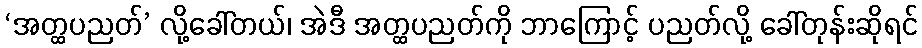
‘အတ္ထပညတ်’ လို့ခေါ်တယ်၊ အဲဒီ အတ္ထပညတ်ကို ဘာကြောင့် ပညတ်လို့ ခေါ်တုန်းဆိုရင်